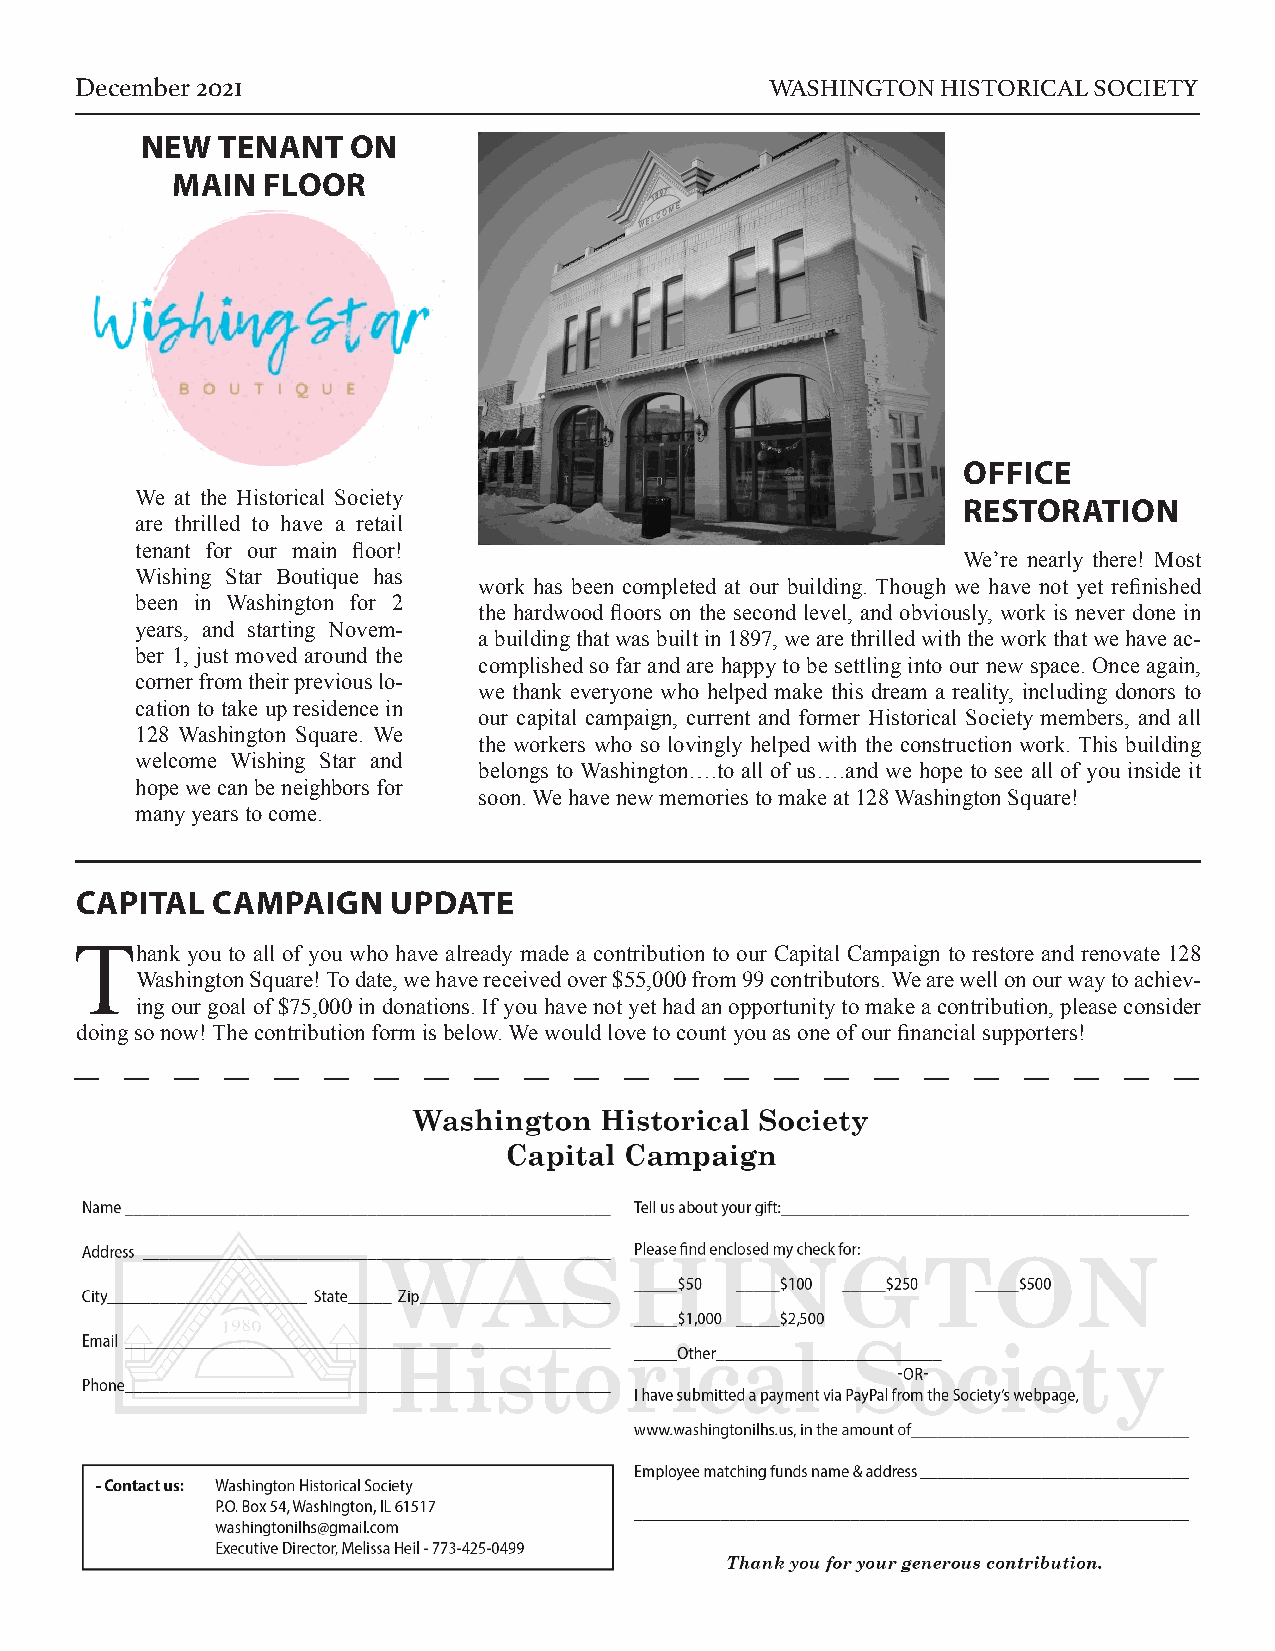
December 2021                                 WASHINGTON HISTORICAL SOCIETY
 NEW  TENANT   ON
 MAIN  FLOOR
 OFFICE
 We at the Historical Society
 RESTORATION
 are thrilled to have a retail
 tenant for our main floor!
 We’re nearly there! Most
 Wishing Star Boutique has
 work has been completed at our building. Though we have not yet refinished
 been in Washington for 2
 the hardwood floors on the second level, and obviously, work is never done in
 years, and starting Novem-
 a building that was built in 1897, we are thrilled with the work that we have ac-
 ber 1, just moved around the
 complished so far and are happy to be settling into our new space. Once again,
 corner from their previous lo-
 we thank everyone who helped make this dream a reality, including donors to
 cation to take up residence in
 our capital campaign, current and former Historical Society members, and all
 128 Washington Square. We
 the workers who so lovingly helped with the construction work. This building
 welcome Wishing Star and
 belongs to Washington….to all of us….and we hope to see all of you inside it
 hope we can be neighbors for
 soon. We have new memories to make at 128 Washington Square!
 many years to come.
 CAPITAL  CAMPAIGN    UPDATE
 Thank  you to all of you who have already made a contribution to our Capital Campaign to restore and renovate 128
 Washington Square! To date, we have received over $55,000 from 99 contributors. We are well on our way to achiev-
 ing our goal of $75,000 in donations. If you have not yet had an opportunity to make a contribution, please consider
 doing so now! The contribution form is below. We would love to count you as one of our financial supporters!